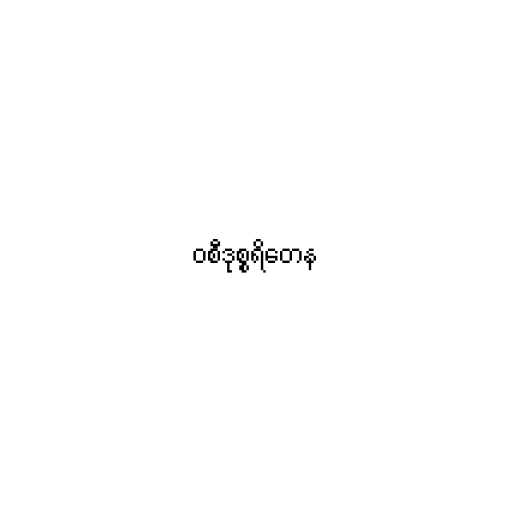
ဝစီဒုစ္စရိတေန